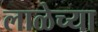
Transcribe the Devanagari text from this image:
लाळेच्या